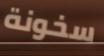
سخونة